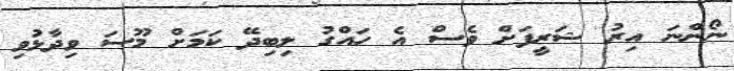
ނޯންނަ އިރު ޝަރީފަށް ވެސް އެ ހައްގު ލިބިދޭ ކަމަށް މޫސަ ވިދާޅުވި